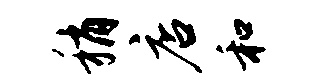
稍店和